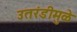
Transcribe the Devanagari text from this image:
उतरंडीमुळे